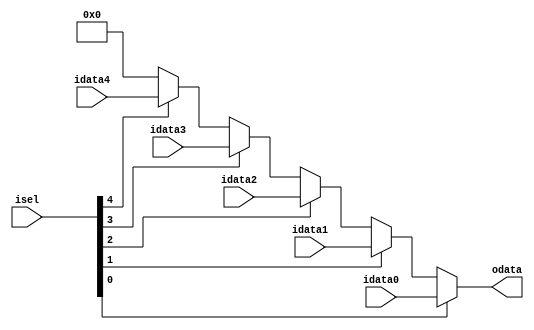
module mv_mux_5to1 (
						input			[4:0]	isel,
						input			[31:0]	idata0,
						input			[31:0]	idata1,
						input			[31:0]	idata2,
						input			[31:0]	idata3,
						input			[31:0]	idata4,
						output			[31:0]	odata
					);

assign		odata = (isel[0]) ? idata0 : (isel[1]) ? idata1 : (isel[2]) ? idata2 : (isel[3]) ? idata3 : (isel[4]) ? idata4 : 32'b0;
endmodule